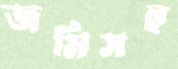
জমিসহ